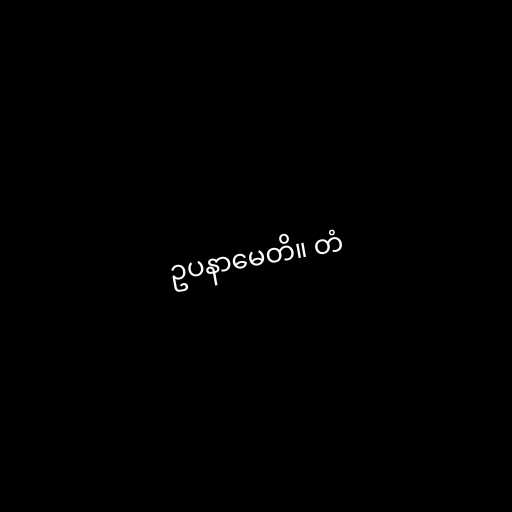
ဥပနာမေတိ။ တံ